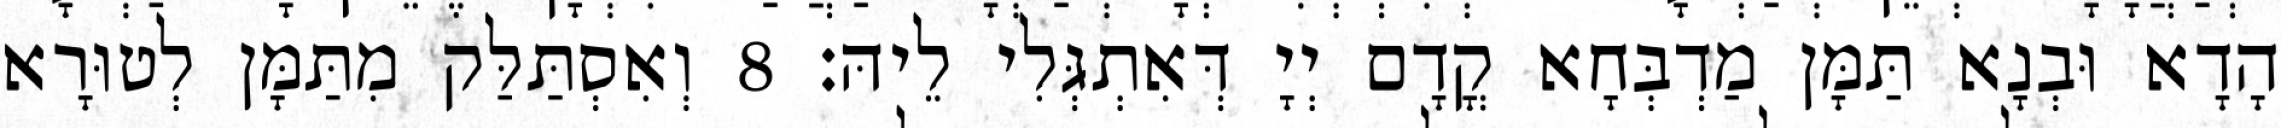
הָדָא וּבְנָא תַּמָּן מַדְבְּחָא קֳדָם יְיָ דְּאִתְגְּלִי לֵיהּ׃ 8 וְאִסְתַּלַּק מִתַּמָּן לְטוּרָא